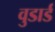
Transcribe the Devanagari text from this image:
वुडार्ड